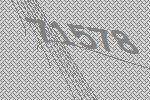
71578